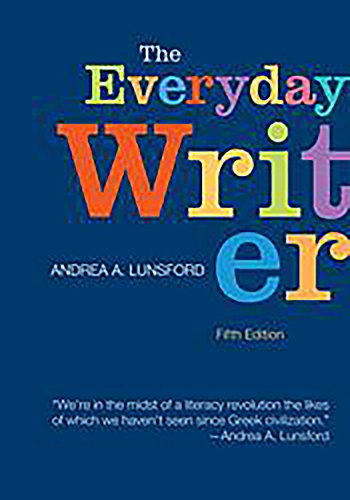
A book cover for The Everyday Writer; Andrea A. Lunsford; Reference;